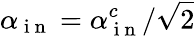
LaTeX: \alpha_{\mathrm{~i~n~}}=\alpha_{\mathrm{~i~n~}}^{c}/\sqrt{2}